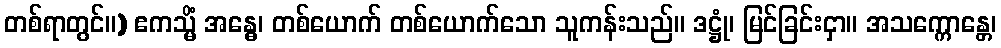
တစ်ရာတွင်။) ဧကသ္မိံ အန္ဓေ၊ တစ်ယောက် တစ်ယောက်သော သူကန်းသည်။ ဒဋ္ဌုံ၊ မြင်ခြင်းငှာ။ အသက္ကောန္တေ၊